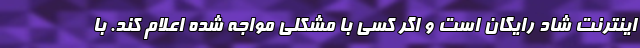
اینترنت شاد رایگان است و اگر کسی با مشکلی مواجه شده اعلام کند. با